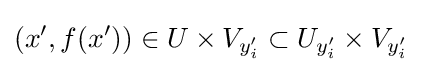
(x',f(x'))\in U\times V_{y'_{i}}\subset U_{y'_{i}}\times V_{y'_{i}}